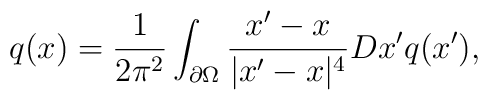
q(x)={1\over 2\pi^2}\int_{\partial \Omega}{x^\prime-x\over |x^\prime-x|^4}Dx^\prime q(x^\prime),